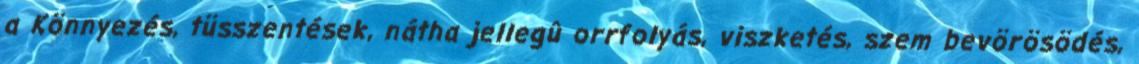
a Könnyezés, tüsszentések, nátha jellegû orrfolyás, viszketés, szem bevörösödés,